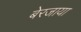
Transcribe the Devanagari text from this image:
बेरजाया